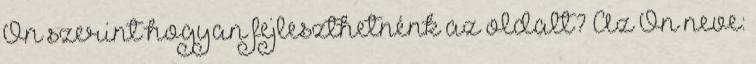
Ön szerint hogyan fejleszthetnénk az oldalt? Az Ön neve: